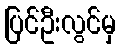
ပြင်ဦးလွင်မှ